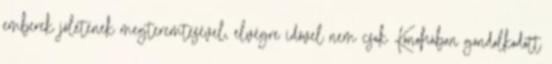
emberek jólétének megteremtésével, elvégre idővel nem csak Konohában gondolkodott